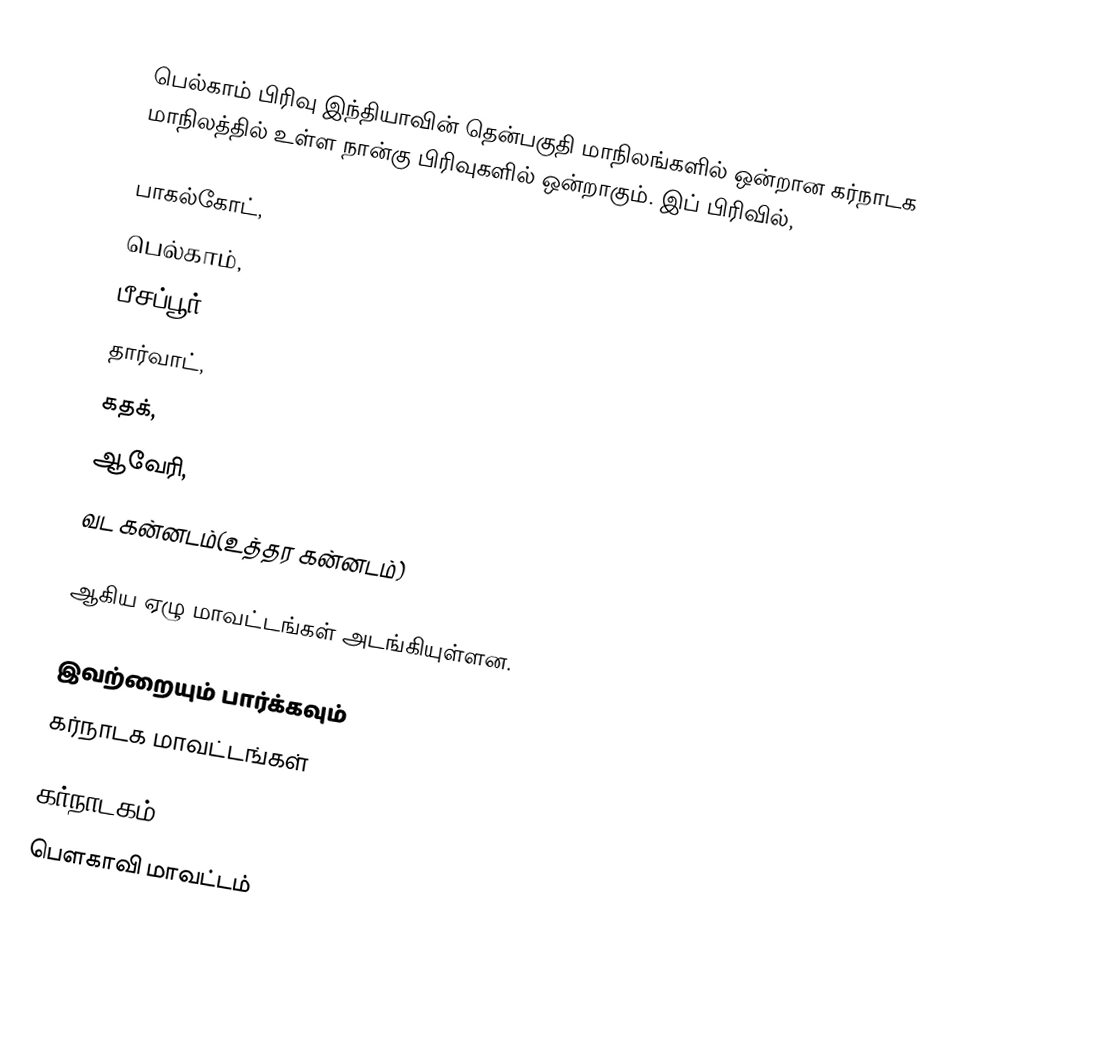
பெல்காம் பிரிவு இந்தியாவின் தென்பகுதி மாநிலங்களில் ஒன்றான கர்நாடக மாநிலத்தில் உள்ள நான்கு பிரிவுகளில் ஒன்றாகும். இப் பிரிவில்,

 பாகல்கோட்,
 பெல்காம்,
 பீசப்பூர்,
 தார்வாட்,
 கதக்,
 ஆவேரி,
 வட கன்னடம்(உத்தர கன்னடம்)

ஆகிய ஏழு மாவட்டங்கள் அடங்கியுள்ளன.

இவற்றையும் பார்க்கவும்
 கர்நாடக மாவட்டங்கள்

கர்நாடகம்
பெளகாவி மாவட்டம்